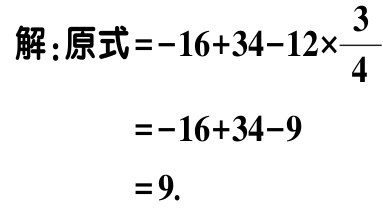
解：原式\(=-16 + 34 - 12\times\frac{3}{4}\)

\(=-16 + 34 - 9\)

\(=9\).